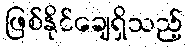
ဖြစ်နိုင်ချေရှိသည့်